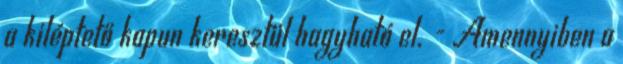
a kiléptető kapun keresztül hagyható el. - Amennyiben a